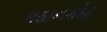
પઠાનકોટ